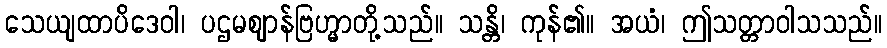
သေယျထာပိဒေဝါ၊ ပဌမဈာန်ဗြဟ္မာတို့သည်။ သန္တိ၊ ကုန်၏။ အယံ၊ ဤသတ္တာဝါသသည်။